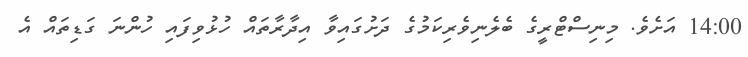
14:00 އަށެވެ. މިނިސްޓްރީގެ ބެލެނިވެރިކަމުގެ ދަށުގައިވާ އިދާރާތައް ހުޅުވިފައި ހުންނަ ގަޑިތައް އެ